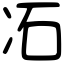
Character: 㓈